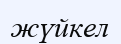
жүйкел